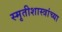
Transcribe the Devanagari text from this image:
स्मृतीशास्त्रांच्या